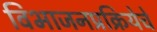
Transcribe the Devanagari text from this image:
विभाजनप्रक्रियेचे